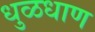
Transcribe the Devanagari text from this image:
धुळधाण